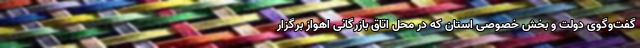
گفت‌وگوی دولت و بخش خصوصی استان که در محل اتاق بازرگانی اهواز برگزار